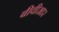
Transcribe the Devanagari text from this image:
बीवीआर